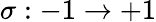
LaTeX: \sigma:-1\to+1